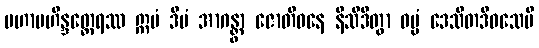
မဟာမဟိန္ဒတ္ထေရဿ ဣမံ ဒီပံ အာဂန္တွာ ဇောတိဝနေ နိသီဒိတွာ ဓမ္မံ ဒေသိတဒိဝသေပိ